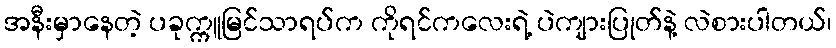
အနီးမှာနေတဲ့ ပခုက္ကူမြင်သာရပ်က ကိုရင်ကလေးရဲ့ ပဲကျားပြုတ်နဲ့ လဲစားပါတယ်၊